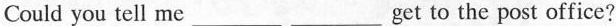
Could you tell me ___ ___ get to the post office?